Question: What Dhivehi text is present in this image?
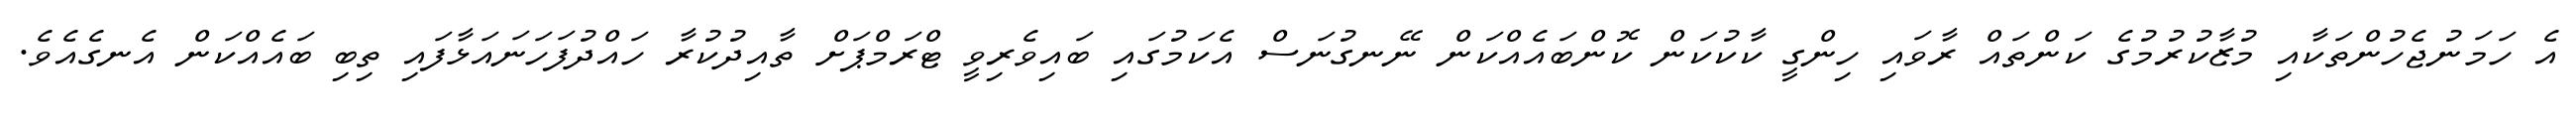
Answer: އެ ހަމަނުޖެހުންތަކާއި މުޒާކުރުމުގެ ކަންތައް ރާވައި ހިންގީ ކާކުކަން ކޮންބައެއްކަން ނޭނގުނަސް އެކަމުގައި ބައިވެރިވީ ޓްރަމްޕަށް ތާއިދުކުރާ ހައްދުފަހަނައަޅާފައި ތިބި ބައެއްކަން އެނގެއެވެ.